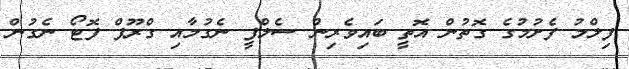
ފިލްމު ފެށުމުގެ ގޮތުން އޮތީ ބައިވެރިން ސެލްފީ ނެގުމާއި ގްރޫޕް ފޮޓޯ ނެގުން